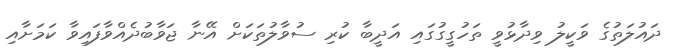
ދައުލަތުގެ ވަކީލު ވިދާޅުވީ ތަހުގީގުގައި އަދީބާ ކުރި ސުވާލުތަކަށް އޭނާ ޖަވާބުދެއްވާފައިވާ ކަމަށާއި